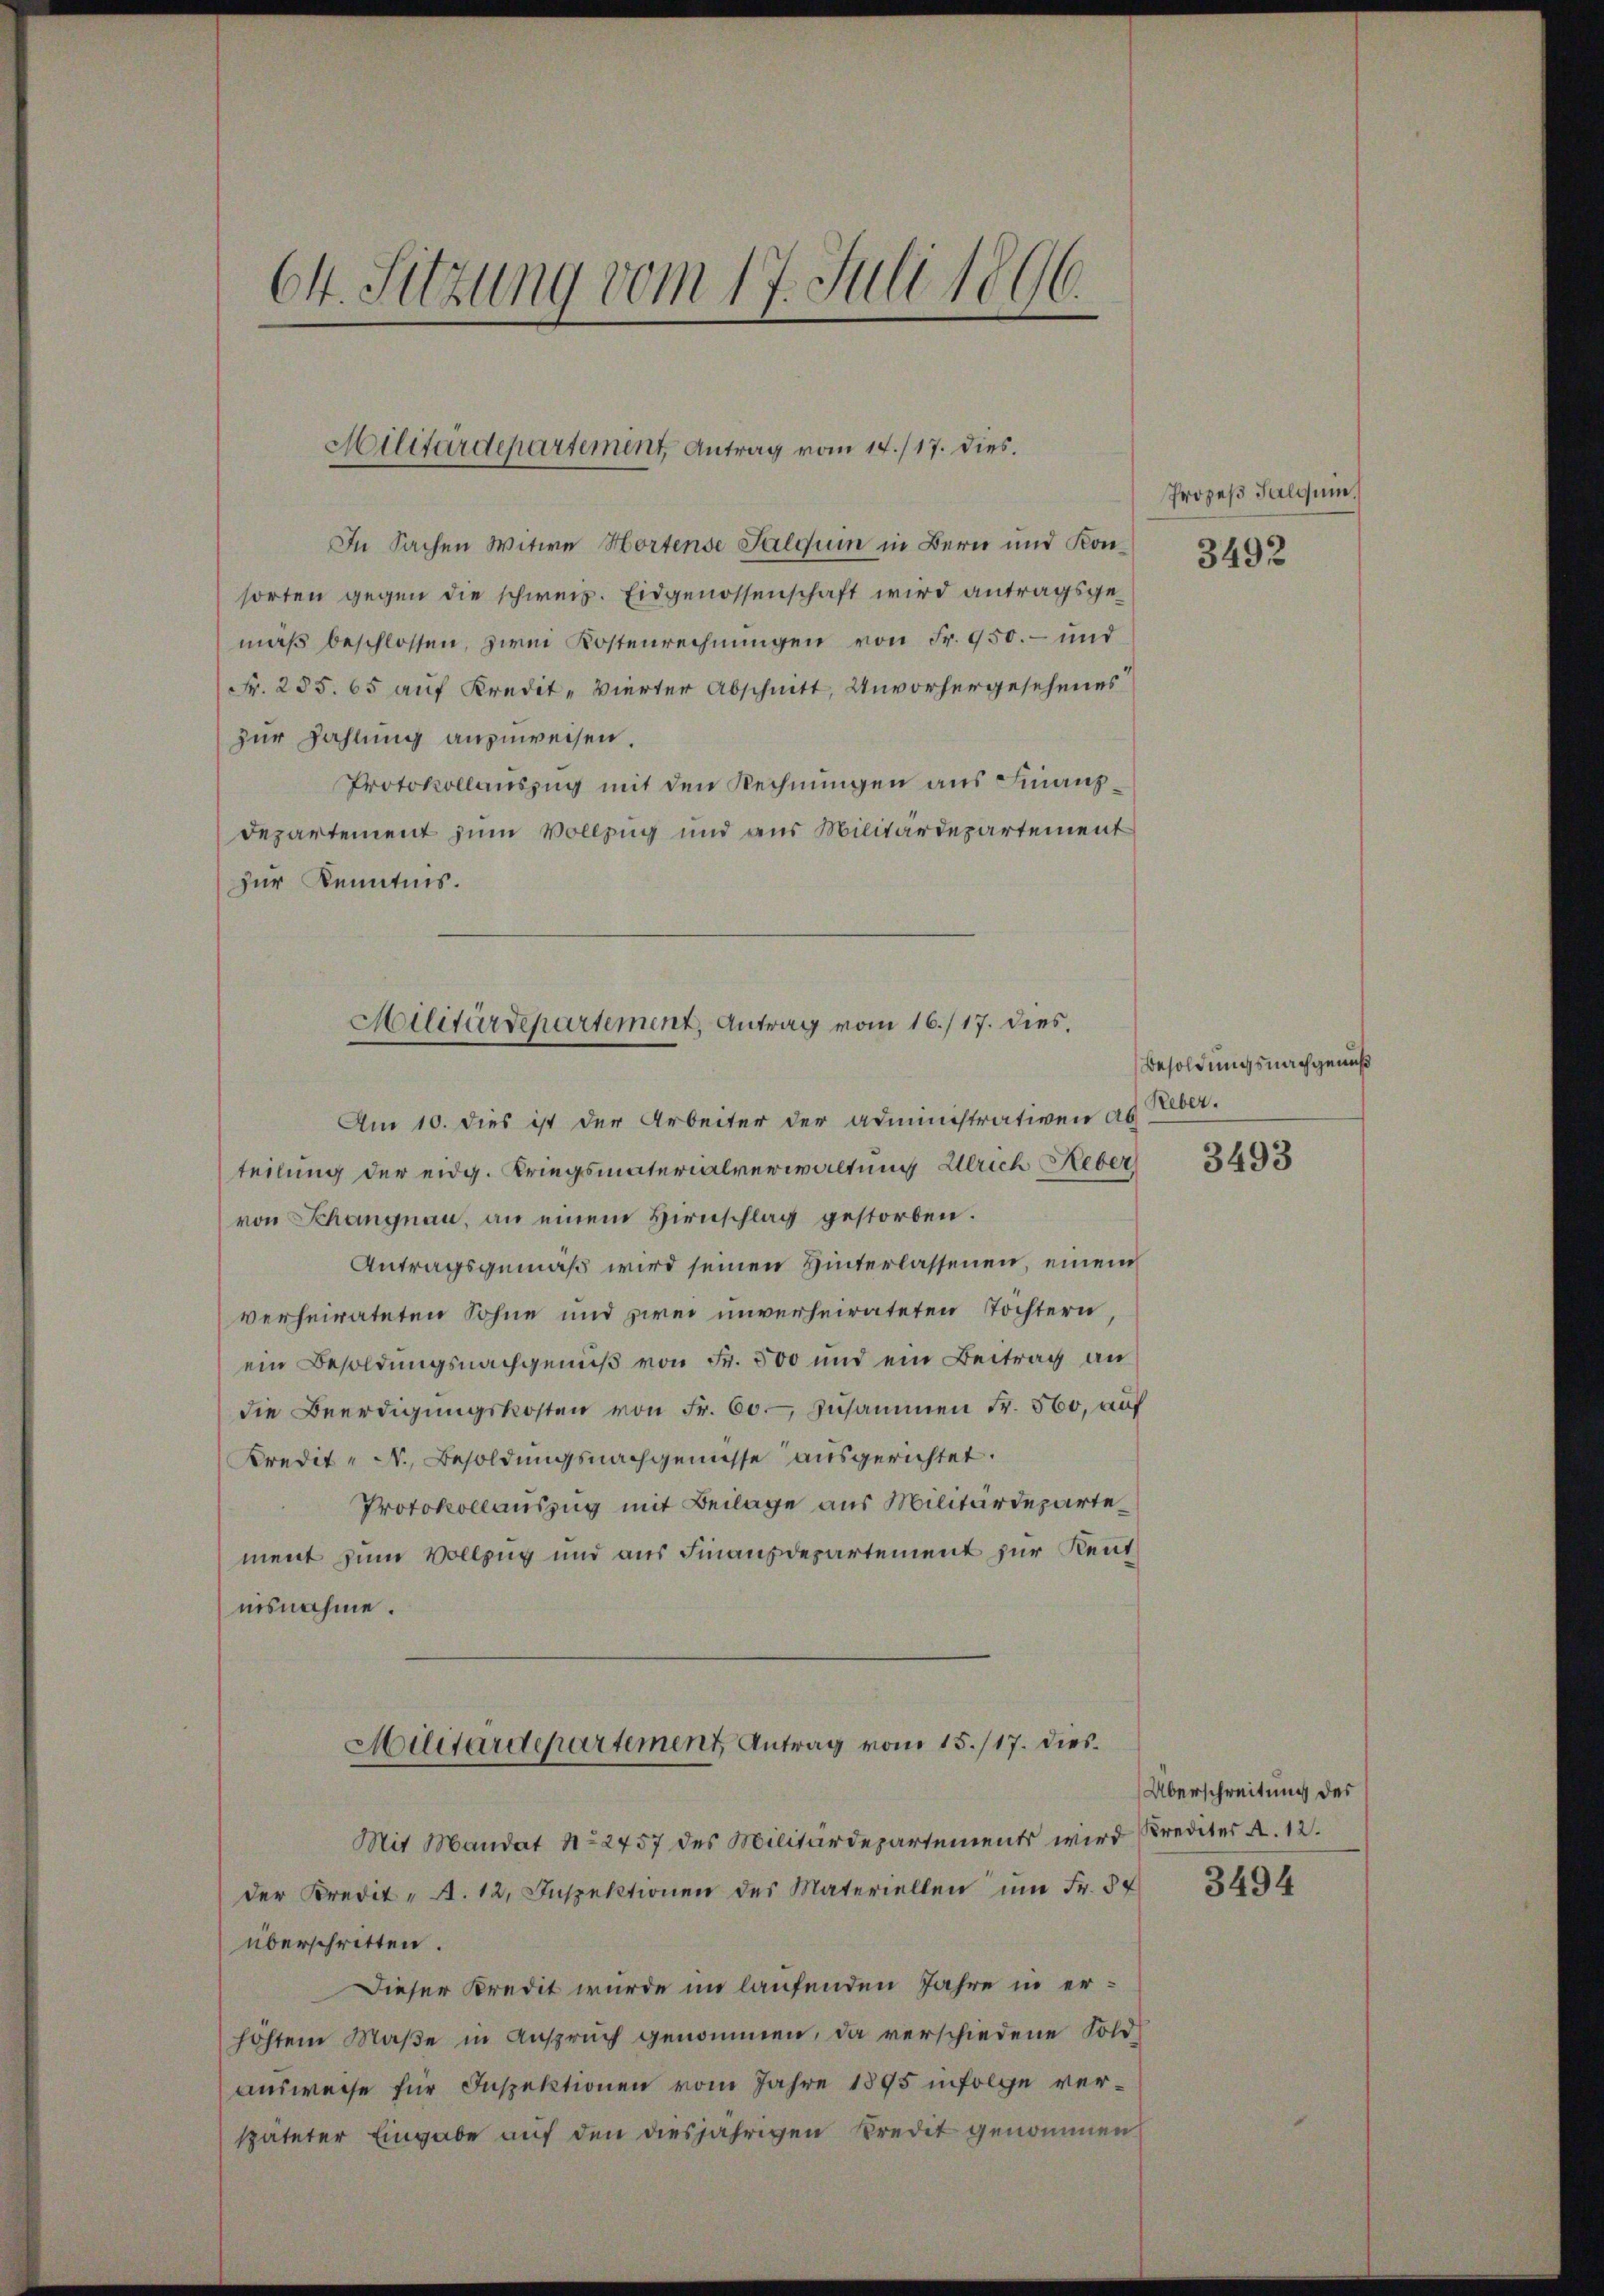
64. Sitzung vom 17. Juli 1896.

Militärdepartement, Antrag vom 14./17. dies.

In Sachen Witwe Hortense Salquin in Bern und Konsorten gegen die schweiz. Eidgenossenschaft wird antragsgemäβ beschlossen, zwei Kostenrechnungen von Fr. 950. – und
Fr. 285. 65 auf Kredit- Vierter Abschnitt, Unvorhergesehenes
zur Zahlung anzuweisen.
Protokollauszug mit den Rechnungen aus Finanz¬
Departement zum Vollzug und aus Militärdepartement
zur Kenntnis.

Militärdepartement, Antrag vom 16./17. dies

Am 10. dies ist der Arbeiter der Administrativen ab
teilung der eidg. Kriegsmaterialverwaltung Ulrich Keber
von Schangnau, an einem Hirnschlag gestorben.
Antragsgemäß wird seinen Hinterlassenen, einem
verheirateten Sohne und zwei unverheirateten Tochtern,
ein Besoldungsnachgenuß von Fr. 500 und ein Beitrag an
die Beerdigŭngskosten von Fr. 60. zusammen Fr. 560, auf
Kredit - N., Besoldungsnachgewisse ausgerichtet.
Protokollauszug mit Beilage aus Militärdepartement zum Vollzug und aus Finanzdepartement zur Rent
nisnahme.

Militärdepartement Antrag vom 15./17. dies¬

Mit Mandat No 2457 des Militärdepartements wird
der Kredit - A. 12. Inspektionen des Materiellen ŭm Fr. 54
überschritten.
Dieser Kredit wurde im laufenden Jahre in erhöhtem Maße in Anspruch genommen, da verschiedene Fold
Ausweise für Inspektionen vom Jahre 1895 infolge verspäteter Eingabe auf den diesjährigen Kredit genommen

Prozeß Salquin,

3492

Besoldungsnachgenuß
Reber.

3493

Überschreitung des
Krediter A. 12.

3494